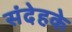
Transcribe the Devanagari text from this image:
संदेहके